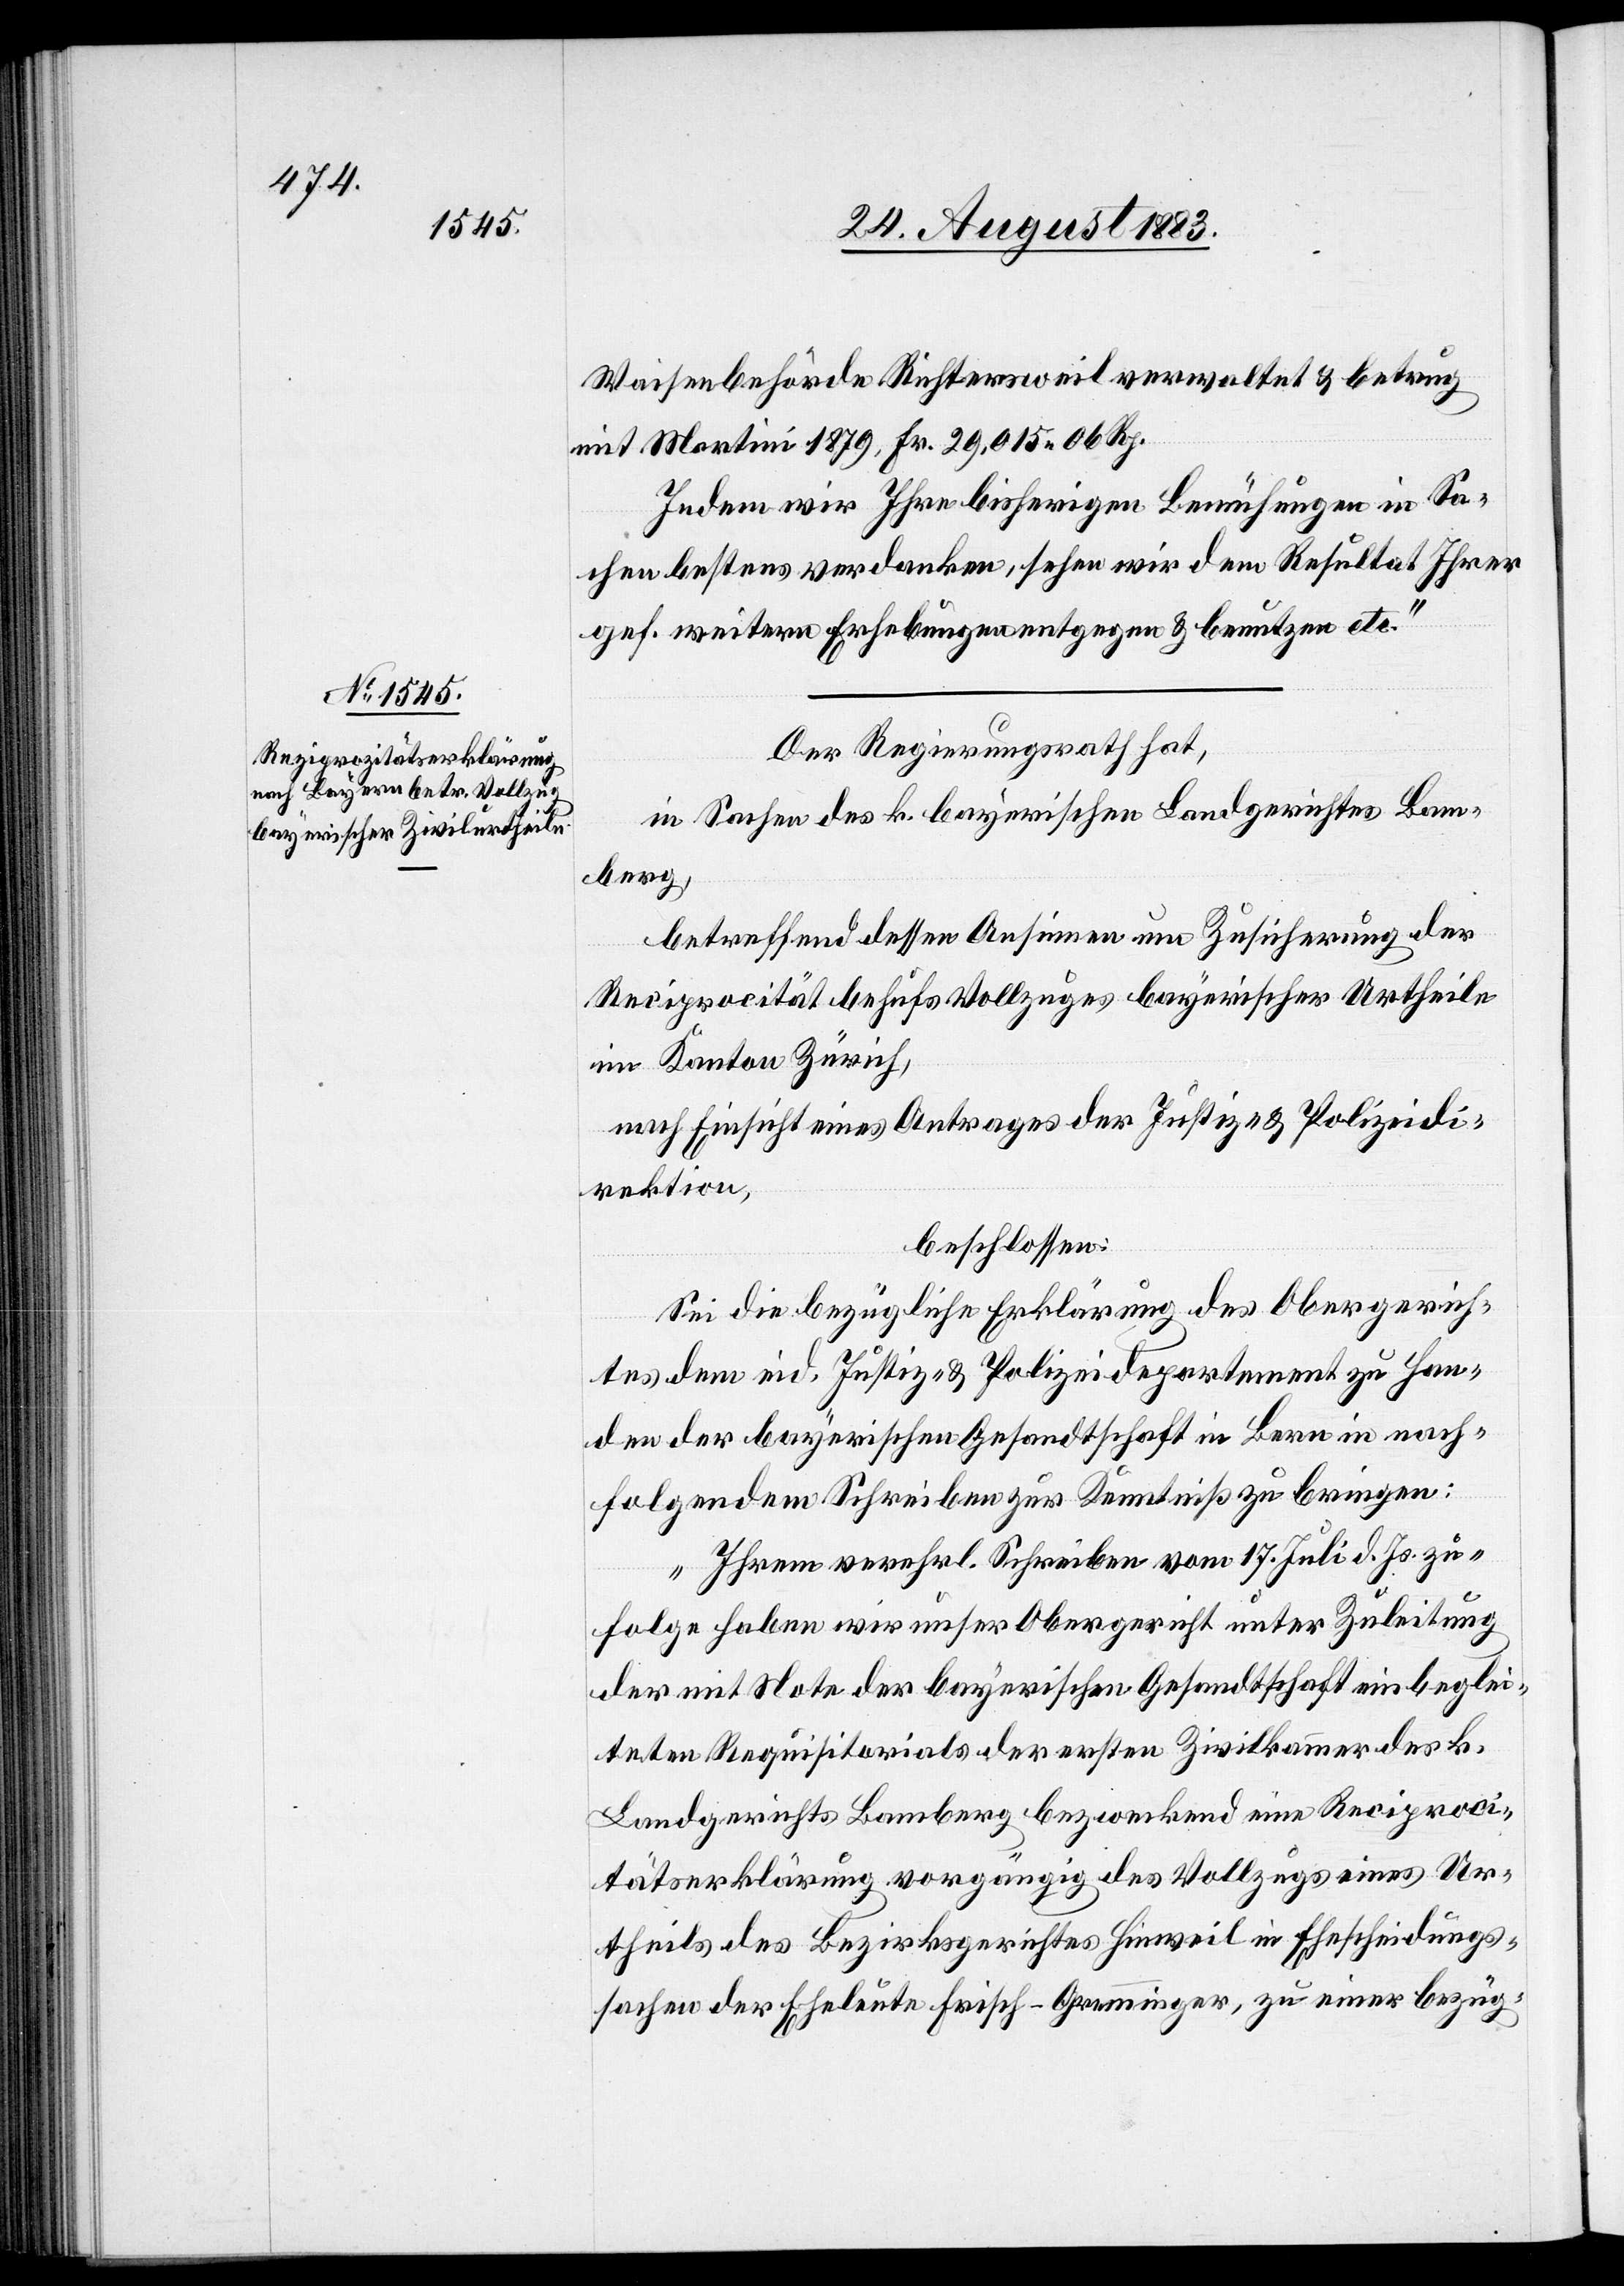
Waisenbehörde Richtersweil verwaltet & betrug
mit Martini 1879, Fr. 29,015 06 Rp.
Indem wir Ihre bisherigen Bemühungen in Sa¬
chen bestens verdanken, sehen wir dem Resultat Ihrer
gef. weitern Erhebungen entgegen & benutzen etc.“
Der Regierungsrath hat,
in Sachen des k. bayerischen Landgerichtes Bam¬
berg,
betreffend dessen Ansinnen um Zusicherung der
Reciprocität behufs Vollzuges bayerischer Urtheile
im Kanton Zürich,
nach Einsicht eines Antrages der Justiz- & Polizeidi¬
rektion,
beschlossen:
Sei die bezügliche Erklärung des Obergerich¬
tes dem eid. Justiz- & Polizeidepartement zu Han¬
den der bayerischen Gesandtschaft in Bern in nach¬
folgendem Schreiben zur Kenntniß zu bringen:
„Ihrem verehrl. Schreiben vom 17. Juli d. Js. zu¬
folge haben wir unser Obergericht unter Zuleitung
der mit Note der bayerischen Gesandtschaft einbeglei¬
teten Requisitorials der ersten Zivilkammer des k.
Landgerichts Bamberg bezweckend eine Reciproci¬
tätserklärung vorgängig des Vollzugs eines Ur¬
theils des Bezirksgerichtes Hinweil in Ehescheidungs¬
sachen der Eheleute Frisch-Gremminger, zu einer bezüg-